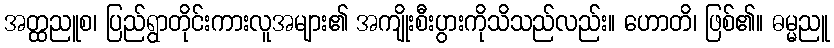
အတ္ထညူစ၊ ပြည်ရွာတိုင်းကားလူအများ၏ အကျိုးစီးပွားကိုသိသည်လည်း။ ဟောတိ၊ ဖြစ်၏။ ဓမ္မညူ